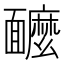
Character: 𩉌